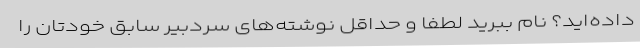
داده‌اید؟ نام ببرید لطفاً و حداقل نوشته‌های سردبیر سابق خودتان را